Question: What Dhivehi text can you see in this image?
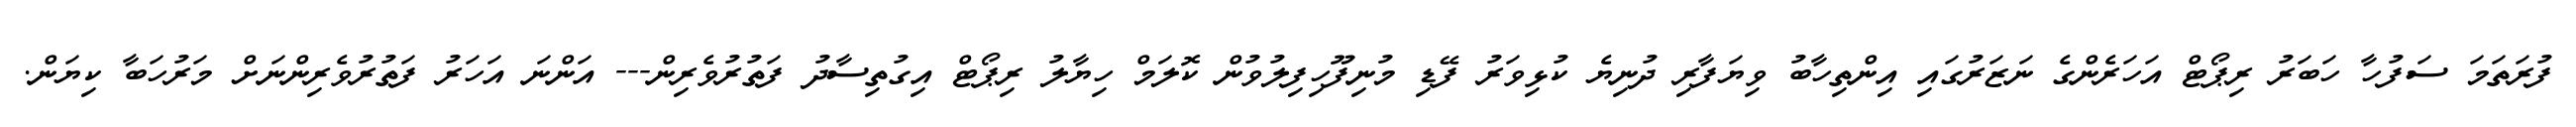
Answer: ފުރަތަމަ ސަފުހާ ހަބަރު ރިޕޯޓް އަހަރެންގެ ނަޒަރުގައި އިންތިހާބު ވިޔަފާރި ދުނިޔެ ކުޅިވަރު ފޭޑި މުނިފޫހިފިލުވުން ކޮލަމް ހިޔާލު ރިޕޯޓް އިގުތިސާދު ފަތުރުވެރިން--- އަންނަ އަހަރު ފަތުރުވެރިންނަށް މަރުހަބާ ކިޔަން.